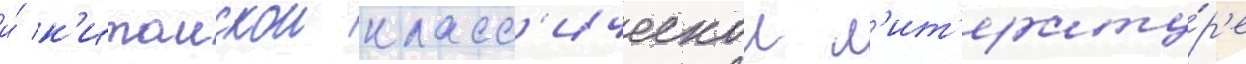
и́ к'итаискои класс'ическои л'ит'ерату́р'е